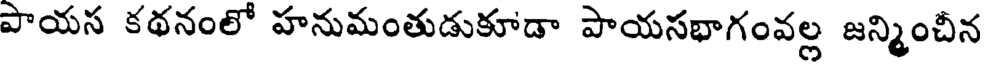
పాయస కథనంలో హనుమంతుడుకూడా పాయసభాగంవల్ల జన్మించీన